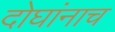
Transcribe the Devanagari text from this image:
दोघांनाच